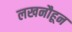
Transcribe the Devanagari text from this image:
लखनौहून